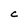
Character: C